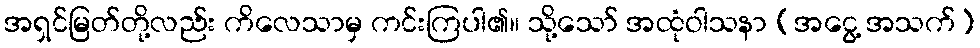
အရှင်မြတ်တို့လည်း ကိလေသာမှ ကင်းကြပါ၏။ သို့သော် အထုံဝါသနာ (အငွေ့ အသက်)